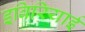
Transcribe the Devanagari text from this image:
इबिरियाई